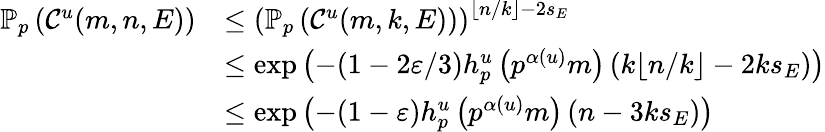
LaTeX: \begin{array}{rl}{\mathbb{P}_{p}\left(\mathcal C^{u}(m,n,E)\right)}&{\leq\left(\mathbb{P}_{p}\left(\mathcal C^{u}(m,k,E)\right)\right)^{\left\lfloor n/k\right\rfloor-2s_{E}}}\\ &{\le\exp\left(-(1-2\varepsilon/3)h_{p}^{u}\left(p^{\alpha(u)}m\right)\left(k\lfloor n/k\rfloor-2ks_{E}\right)\right)}\\ &{\le\exp\left(-(1-\varepsilon)h_{p}^{u}\left(p^{\alpha(u)}m\right)\left(n-3ks_{E}\right)\right)}\end{array}